Annual report of the Imperial Bacteriological Laboratory, Muktesar
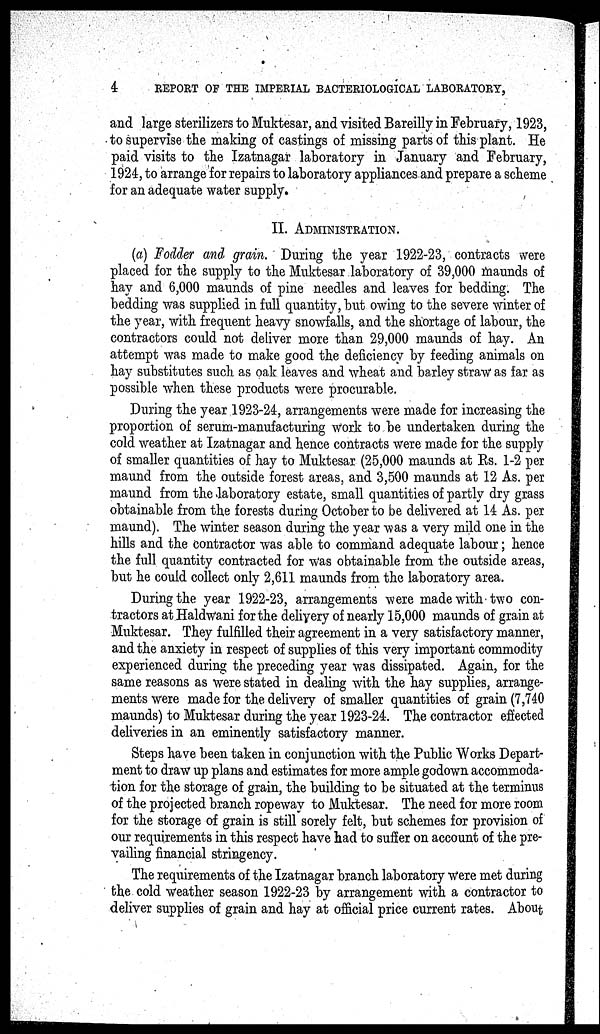
4
REPORT OF THE IMPERIAL BACTERIOLOGICAL LABORATORY,
and large sterilizers to Muktesar, and visited Bareilly in February, 1923,
to supervise the making of castings of missing parts of this plant. He
paid visits to the Izatnagar laboratory in January and February,
1924, to arrange for repairs to laboratory appliances and prepare a scheme
for an adequate water supply.
II. ADMINISTRATION.
(a) Fodder and grain. During the year 1922-23, contracts were
placed for the supply to the Muktesar laboratory of 39,000 maunds of
hay and 6,000 maunds of pine needles and leaves for bedding. The
bedding was supplied in full quantity, but owing to the severe winter of
the year, with frequent heavy snowfalls, and the shortage of labour, the
contractors could not deliver more than 29,000 maunds of hay. An
attempt was made to make good the deficiency by feeding animals on
hay substitutes such as oak leaves and wheat and barley straw as far as
possible when these products were procurable.
During the year 1923-24, arrangements were made for increasing the
proportion of serum-manufacturing work to be undertaken during the
cold weather at Izatnagar and hence contracts were made for the supply
of smaller quantities of hay to Muktesar (25,000 maunds at Rs. 1-2 per
maund from the outside forest areas, and 3,500 maunds at 12 As. per
maund from the laboratory estate, small quantities of partly dry grass
obtainable from the forests during October to be delivered at 14 As. per
maund). The winter season during the year was a very mild one in the
hills and the contractor was able to command adequate labour ; hence
the full quantity contracted for was obtainable from the outside areas,
but he could collect only 2,611 maunds from the laboratory area.
During the year 1922-23, arrangements were made with two con-
tractors at Haldwani for the delivery of nearly 15,000 maunds of grain at
Muktesar. They fulfilled their agreement in a very satisfactory manner,
and the anxiety in respect of supplies of this very important commodity
experienced during the preceding year was dissipated. Again, for the
same reasons as were stated in dealing with the hay supplies, arrange-
ments were made for the delivery of smaller quantities of grain (7,740
maunds) to Muktesar during the year 1923-24. The contractor effected
deliveries in an eminently satisfactory manner.
Steps have been taken in conjunction with the Public Works Depart-
ment to draw up plans and estimates for more ample godown accommoda-
tion for the storage of grain, the building to be situated at the terminus
of the projected branch ropeway to Muktesar. The need for more room
for the storage of grain is still sorely felt, but schemes for provision of
our requirements in this respect have had to suffer on account of the pre-
vailing financial stringency.
The requirements of the Izatnagar branch laboratory were met during
the cold weather season 1922-23 by arrangement with a contractor to
deliver supplies of grain and hay at official price current rates. About